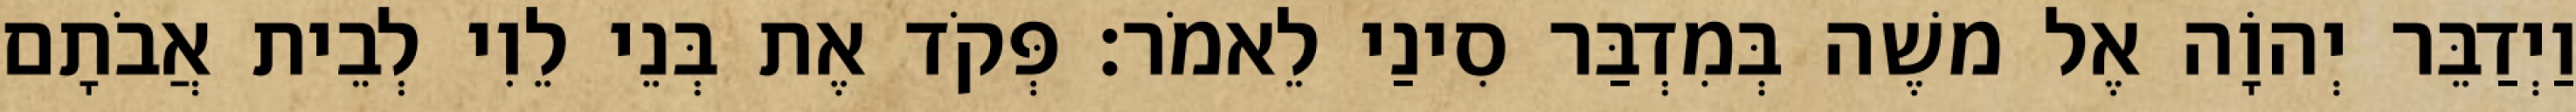
וַיְדַבֵּר יְהוָֹה אֶל משֶׁה בְּמִדְבַּר סִינַי לֵאמֹר׃ פְּקֹד אֶת בְּנֵי לֵוִי לְבֵית אֲבֹתָם